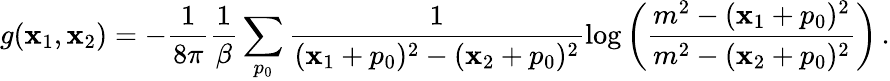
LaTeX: g(\mathbf{x}_{1},\mathbf{x}_{2})=-\frac{{1}}{{8\pi}}\frac{{1}}{{\beta}}\sum_{p_{0}}\frac{{1}}{{(\mathbf{x}_{1}+p_{0})^{2}-(\mathbf{x}_{2}+p_{0})^{2}}}\log\left(\frac{{m^{2}-(\mathbf{x}_{1}+p_{0})^{2}}}{{m^{2}-(\mathbf{x}_{2}+p_{0})^{2}}}\right)\, .